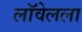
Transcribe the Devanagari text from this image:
लॉवेलला